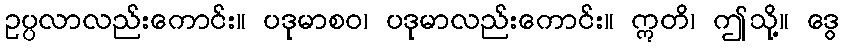
ဥပ္ပလာလည်းကောင်း။ ပဒုမာစဝ၊ ပဒုမာလည်းကောင်း။ ဣတိ၊ ဤသို့။ ဒွေ